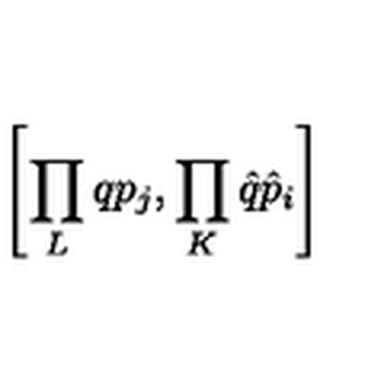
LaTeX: \left[ \prod _ { L } q p _ { j } , \prod _ { K } \hat { q } \hat { p } _ { i } \right]